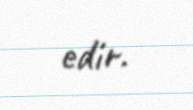
edir.